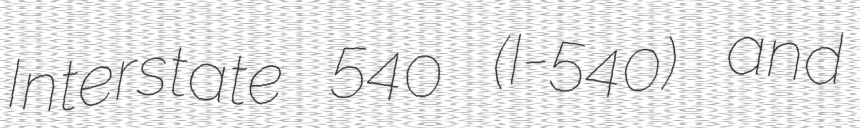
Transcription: Interstate 540 (I-540) and